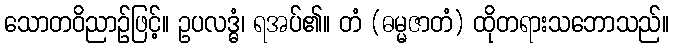
သောတဝိညာဉ်ဖြင့်။ ဥပလဒ္ဓံ၊ ရအပ်၏။ တံ (ဓမ္မဇာတံ) ထိုတရားသဘောသည်။